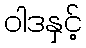
ဝါဒနှင့်